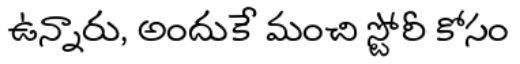
ఉన్నారు, అందుకే మంచి స్టోరీ కోసం